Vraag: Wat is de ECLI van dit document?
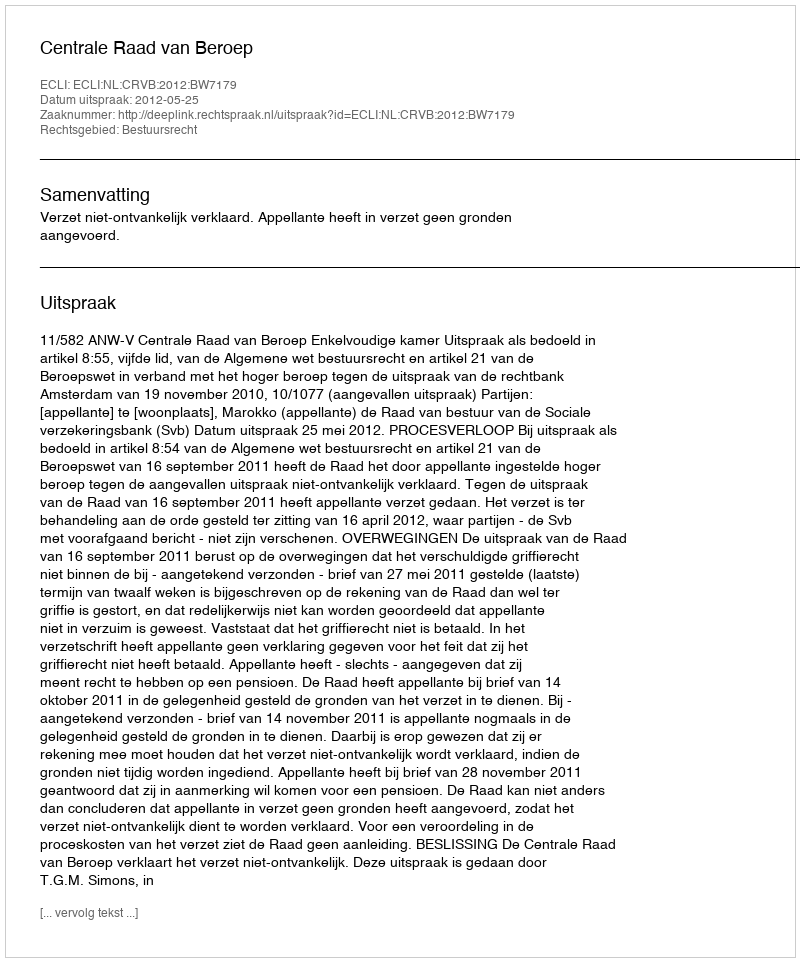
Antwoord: ECLI:NL:CRVB:2012:BW7179